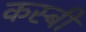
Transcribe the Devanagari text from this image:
कस्बी